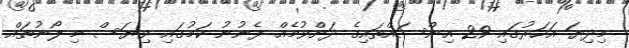
މިދިޔަ އަހަރުގައި 29 އިންސައްތައިގެ ދަށްވުމެއް ފެނުނު ކަމުގައި ވިޔަސް މި ލޯނުތައް